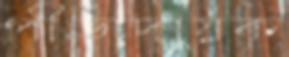
পীড়াদায়ক